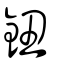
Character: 鈕